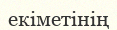
екіметінің